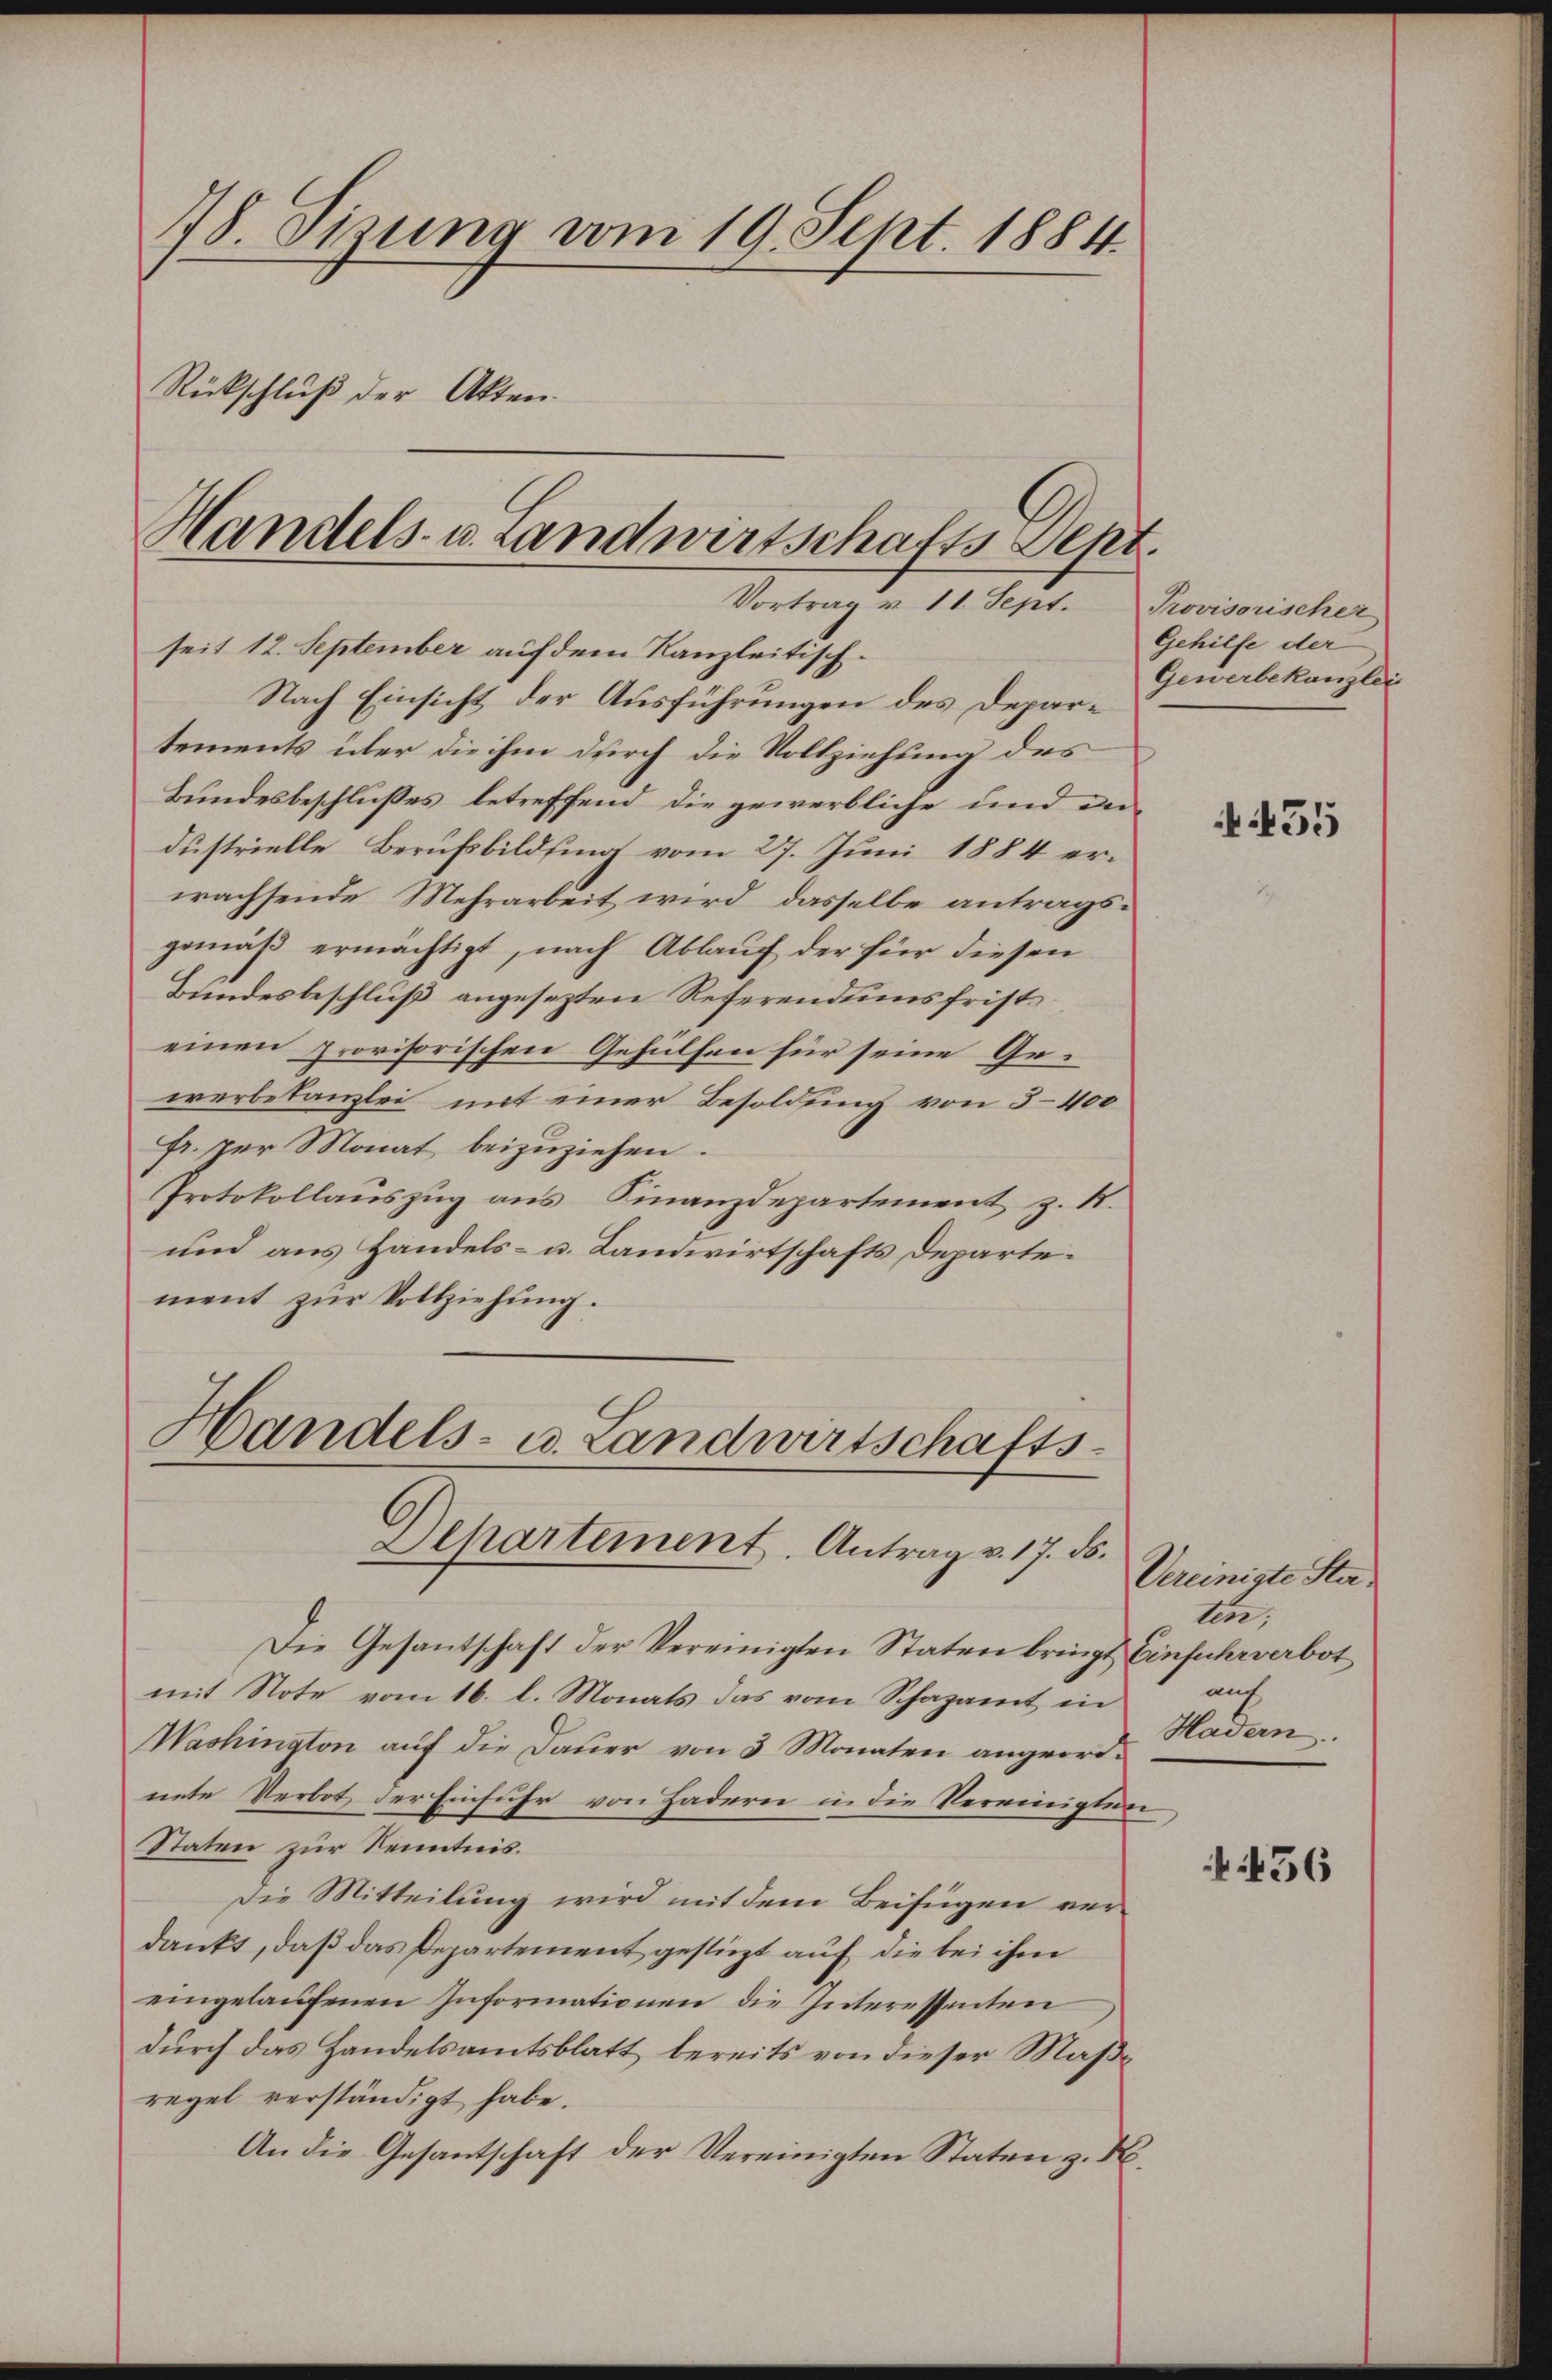
78. Sizung vom 19. Sept. 1884
Rückschluß der Akten.

Handels- u. Landwirtschafts Sept.

Vortrag v. 11. Sept. Provisorischer
seit 12. September auf dem Kanzleitisch¬
Nach Einsicht der Ausführungen des Departements über die ihm durch die Vollziehung des
Bundesbeschlußes betreffend die gewerbliche und andustrielle Berufsbildung vom 27. Juni 1884 erwachsende Mehrarbeit wird dasselbe antragsgemäß ermächtigt, nach Ablauf der für diesen
Bundesbeschluß angesezten Referendumsfristeinen provisorischen Gehülfen für seine Gewerbetanzlei mit einer Besoldung von 3–400
Fr. per Monat beizuziehen.
Protokollauszug aus Finanzdepartement z. B.
und aus Handels- u. Landwirtschafts Departement zur Vollziehung.

Handels- u. Landwirtschafts-
Departement. Antrag v. 17. ds.

Die Gesantschaft der Vereinigten Staten bringt Einfuhrverbot
mit Note vom 16. l. Monats das vom Schazamt in
Washington auf die Dauer von 3 Monaten angeordnete Verbot der Einfuhr von Hadern in die Vereinigten
Staten zur Kenntnis.
Die Mitteilung wird mit dem Beifügen verdankt, daß das Departement gestüzt auf die bei ihm
eingelaŭfenen Informationen die Interessenten
durch das Handelsamtsblatt bereits von dieser Maßregel verständigt habe.
An die Gesantschaft der Vereinigten Staten z. No.

Gehilfe der
Gewerbekanzlei

55

Vereinigte Stalen.
u
Hadern

e

456